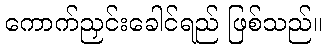
ကောက်ညှင်းခေါင်ရည် ဖြစ်သည်။